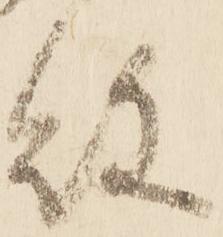
敗